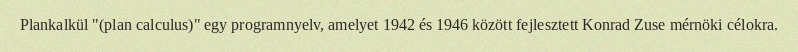
Plankalkül "(plan calculus)" egy programnyelv, amelyet 1942 és 1946 között fejlesztett Konrad Zuse mérnöki célokra.